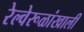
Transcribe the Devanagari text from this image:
रेल्वेरूळांखाली